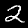
Label: 2